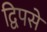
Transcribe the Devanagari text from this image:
द्विपसे